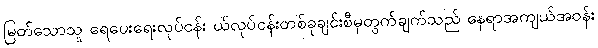
မြတ်သောသူ ရေပေးရေးလုပ်ငန်း ယ်လုပ်ငန်းတစ်ခုချင်းစီမှတွက်ချက်သည် နေရာအကျယ်အဝန်း